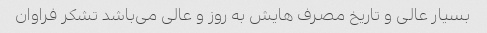
بسیار عالی و تاریخ مصرف هایش به روز و عالی می‌باشد تشکر فراوان